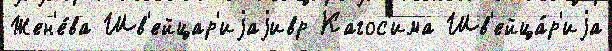
Жен'е́ва Шв'ейцар'иjаjивр Кагос'има Шв'ейца́р'иjа